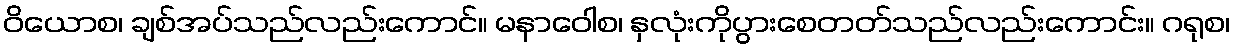
ဝိယောစ၊ ချစ်အပ်သည်လည်းကောင်။ မနာဝေါစ၊ နှလုံးကိုပွားစေတတ်သည်လည်းကောင်း။ ဂရုစ၊